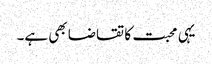
یہی محبت کا تقاضا بھی ہے۔